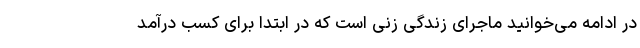
در ادامه می‌خوانید ماجرای زندگی زنی است که در ابتدا برای کسب درآمد